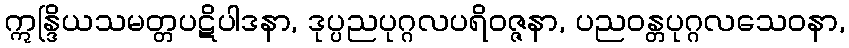
ဣန္ဒြိယသမတ္တပဋိပါဒနာ, ဒုပ္ပညပုဂ္ဂလပရိဝဇ္ဇနာ, ပညဝန္တပုဂ္ဂလသေဝနာ,